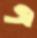
এ